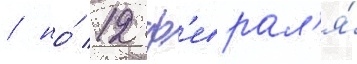
/ но́ 12 ф'еврал'я́